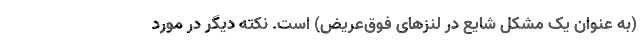
(به عنوان یک مشکل شایع در لنزهای فوق‌عریض) است. نکته دیگر در مورد